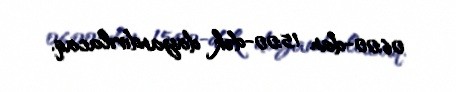
06:00-dan 15:00-dək dayandırılacaq.